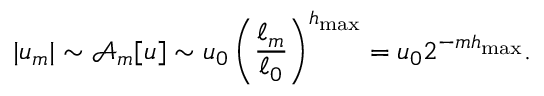
| u _ { m } | \sim \mathcal { A } _ { m } [ u ] \sim u _ { 0 } \left( \frac { \ell _ { m } } { \ell _ { 0 } } \right) ^ { h _ { \operatorname* { m a x } } } = u _ { 0 } 2 ^ { - m h _ { \operatorname* { m a x } } } .